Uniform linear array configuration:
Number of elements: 48
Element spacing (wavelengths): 1
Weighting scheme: blackman
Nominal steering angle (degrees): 15
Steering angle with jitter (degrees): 13.482
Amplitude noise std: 0.05
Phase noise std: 0.05

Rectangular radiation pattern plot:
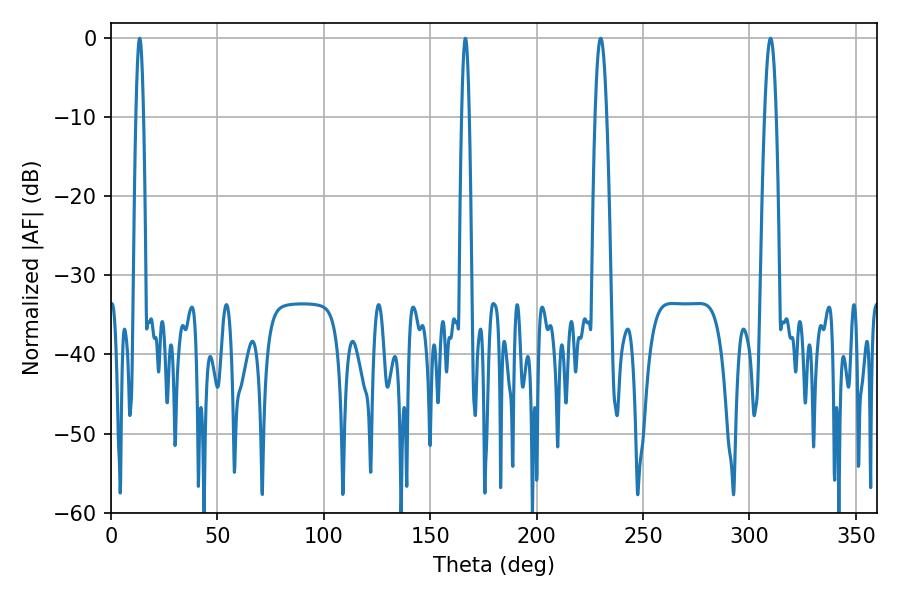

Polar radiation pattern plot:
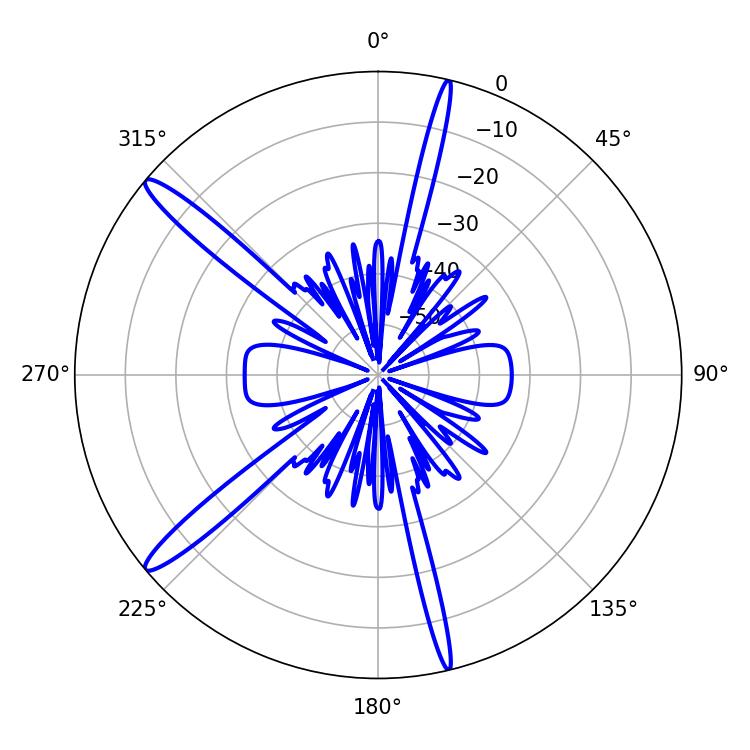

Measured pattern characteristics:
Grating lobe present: TRUE
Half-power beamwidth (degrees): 1.8
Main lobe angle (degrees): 13.5